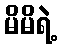
မိမိရဲ့